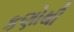
કણોથી